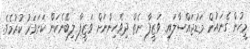
މީހުން ގެނައުން މަޑުޖައްސާލައި